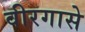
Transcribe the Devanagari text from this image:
वीरगासे